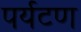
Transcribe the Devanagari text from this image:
पर्यटण